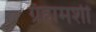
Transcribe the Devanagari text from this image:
ग्रॅहामशी